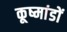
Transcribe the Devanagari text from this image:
कूष्मांडों